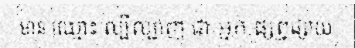
មាន ឈ្មោះ ល្បីល្បាញ ជា អ្នក ផ្សព្វផ្សាយ